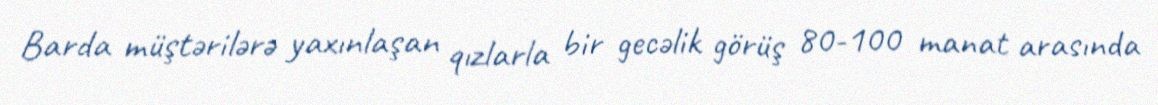
Barda müştərilərə yaxınlaşan qızlarla bir gecəlik görüş 80-100 manat arasında